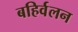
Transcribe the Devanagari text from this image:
बहिर्वलन